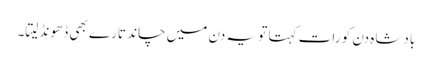
بادشاہ دن کو رات کہتا تو یہ دن میں چاند تارے بھی ڈھونڈ لیتا۔